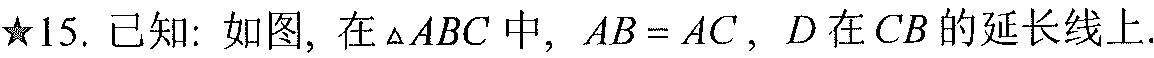
★15. 已知：如图，在\(\triangle ABC\)中，\(AB = AC\)，\(D\)在\(CB\)的延长线上.